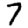
Digit: 7